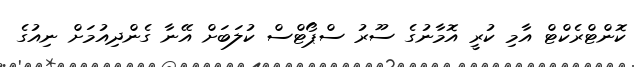
ކޮންޓްރެކްޓް އާމި ކުރީ އޮމާނުގެ ސޫރު ސްޕޯޓްސް ކުލަބަށް އޭނާ ގެންދިއުމަށް ނިއުގެ